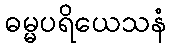
ဓမ္မပရိယေသနံ